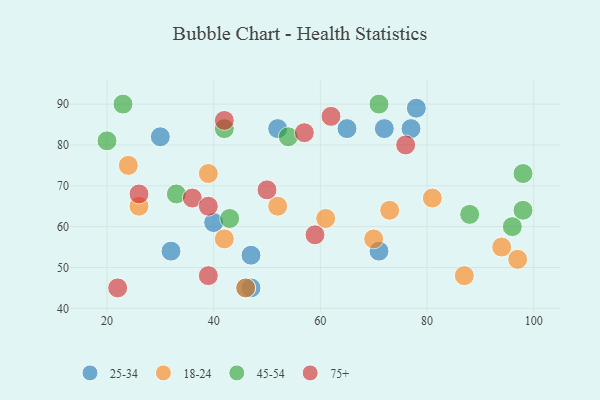
{"axis": {"x": "GDP", "y": "Life Expectancy"}, "legend": ["18-24", "25-34", "45-54", "75+"], "data": [{"x": "47", "y": 45, "type": "25-34"}, {"x": "72", "y": 84, "type": "25-34"}, {"x": "78", "y": 89, "type": "25-34"}, {"x": "52", "y": 84, "type": "25-34"}, {"x": "77", "y": 84, "type": "25-34"}, {"x": "71", "y": 54, "type": "25-34"}, {"x": "40", "y": 61, "type": "25-34"}, {"x": "46", "y": 45, "type": "25-34"}, {"x": "30", "y": 82, "type": "25-34"}, {"x": "65", "y": 84, "type": "25-34"}, {"x": "32", "y": 54, "type": "25-34"}, {"x": "47", "y": 53, "type": "25-34"}, {"x": "94", "y": 55, "type": "18-24"}, {"x": "70", "y": 57, "type": "18-24"}, {"x": "24", "y": 75, "type": "18-24"}, {"x": "73", "y": 64, "type": "18-24"}, {"x": "39", "y": 73, "type": "18-24"}, {"x": "87", "y": 48, "type": "18-24"}, {"x": "52", "y": 65, "type": "18-24"}, {"x": "26", "y": 65, "type": "18-24"}, {"x": "81", "y": 67, "type": "18-24"}, {"x": "42", "y": 57, "type": "18-24"}, {"x": "97", "y": 52, "type": "18-24"}, {"x": "46", "y": 45, "type": "18-24"}, {"x": "61", "y": 62, "type": "18-24"}, {"x": "71", "y": 90, "type": "45-54"}, {"x": "33", "y": 68, "type": "45-54"}, {"x": "42", "y": 84, "type": "45-54"}, {"x": "88", "y": 63, "type": "45-54"}, {"x": "23", "y": 90, "type": "45-54"}, {"x": "98", "y": 73, "type": "45-54"}, {"x": "43", "y": 62, "type": "45-54"}, {"x": "98", "y": 64, "type": "45-54"}, {"x": "20", "y": 81, "type": "45-54"}, {"x": "96", "y": 60, "type": "45-54"}, {"x": "54", "y": 82, "type": "45-54"}, {"x": "22", "y": 45, "type": "75+"}, {"x": "50", "y": 69, "type": "75+"}, {"x": "62", "y": 87, "type": "75+"}, {"x": "36", "y": 67, "type": "75+"}, {"x": "59", "y": 58, "type": "75+"}, {"x": "57", "y": 83, "type": "75+"}, {"x": "76", "y": 80, "type": "75+"}, {"x": "42", "y": 86, "type": "75+"}, {"x": "39", "y": 48, "type": "75+"}, {"x": "39", "y": 65, "type": "75+"}, {"x": "26", "y": 68, "type": "75+"}]}